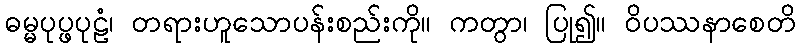
ဓမ္မပုပ္ဖပုဠံ၊ တရားဟူသောပန်းစည်းကို။ ကတွာ၊ ပြု၍။ ဝိပဿနာစေတိ